Rules and regulations of the two years' vernacular class
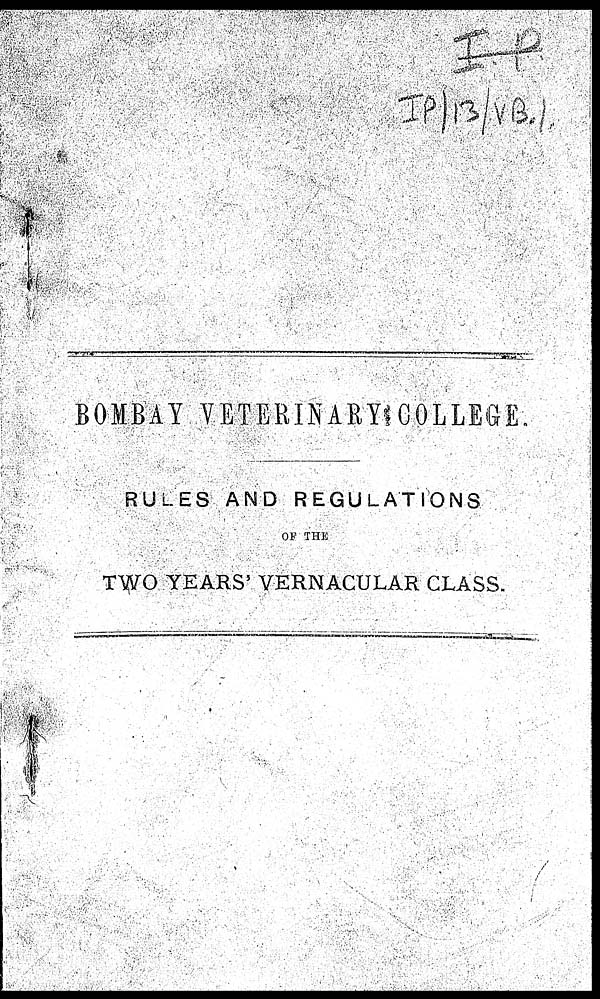
BOMBAY VETERINARY COLLEGE.
RULES AND REGULATIONS
OF THE
TWO YEARS' VERNACULAR CLASS.